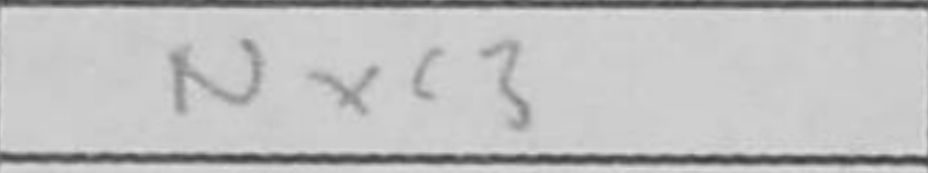
Transcription: Nxc3